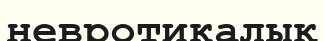
невротикалық